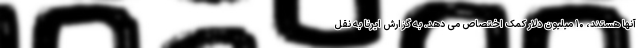
آنها هستند، ۱۰ میلیون دلار کمک اختصاص می دهد. به گزارش ایرنا به نقل